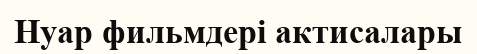
Нуар фильмдері актисалары